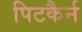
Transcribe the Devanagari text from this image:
पिटकैर्न